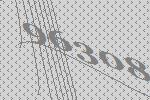
96308